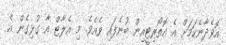
އޮވެދާނެކަމަށް އެ އޮތޯރިޓީއިން ބުނެފައި ވެއެވެ. މި އެލާޓް އާ ގުޅިގެން އެ